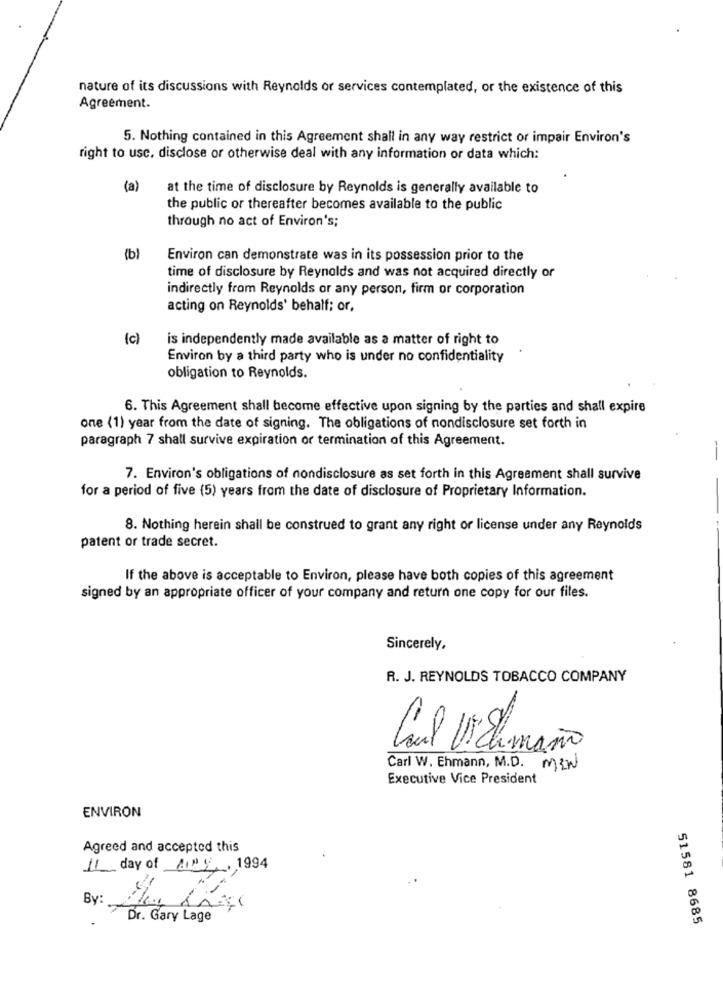
nature of its discussions with Reynolds or services contemplated, or the existence of this
Agreement.
5. Nothing contained in this Agreement shall in any way restrict or impair Environ's
right to use, disclose or otherwise deal with any information or data which:
(a)
at the time of disclosure by Reynolds is generally available to
the public or thereafter becomes available to the public
through no act of Environ's;
(b)
Environ can demonstrate was in its possession prior to the
time of disclosure by Reynolds and was not acquired directly or
indirectly from Reynolds or any person, firm or corporation
acting on Reynolds' behalf; or,
(c)
is independently made available as a matter of right to
Environ by a third party who is under no confidentiality
obligation to Reynolds.
6. This Agreement shall become effective upon signing by the parties and shall expire
one (1) year from the date of signing. The obligations of nondisclosure set forth in
paragraph 7 shall survive expiration or termination of this Agreement.
-
7. Environ's obligations of nondisclosure as set forth in this Agreement shall survive
for a period of five (5) years from the date of disclosure of Proprietary Information.
8. Nothing herein shall be construed to grant any right or license under any Reynolds
patent or trade secret.
If the above is acceptable to Environ, please have both copies of this agreement
signed by an appropriate officer of your company and return one copy for our files.
Sincerely,
R. J. REYNOLDS TOBACCO COMPANY
Carl Vilumaño
limaño
Carl W. Ehmann, M.D. MEN
Executive Vice President
ENVIRON
Agreed and accepted this
11 day of Any , 1994
By:
Dr. Gary Lage
51581 8685